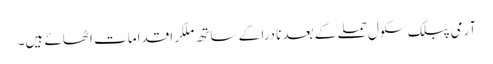
آرمی پبلک سکول حملے کے بعد نادرا کے ساتھ ملکر اقدامات اٹھائے ہیں۔